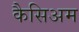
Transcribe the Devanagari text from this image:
कैसिअम